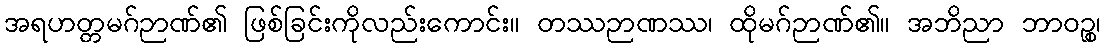
အရဟတ္တမဂ်ဉာဏ်၏ ဖြစ်ခြင်းကိုလည်းကောင်း။ တဿဉာဏဿ၊ ထိုမဂ်ဉာဏ်၏။ အဘိညာ ဘာဝဉ္စ၊